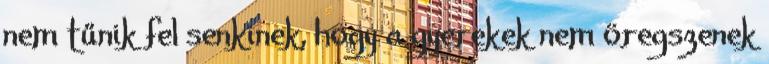
nem tűnik fel senkinek, hogy a gyerekek nem öregszenek